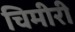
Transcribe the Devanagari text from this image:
चिमीरी